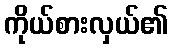
ကိုယ်စားလှယ်၏